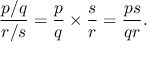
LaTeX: { \frac { p / q } { r / s } } = { \frac { p } { q } } \times { \frac { s } { r } } = { \frac { p s } { q r } } .